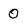
Character: 0